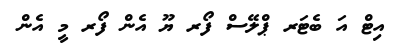
އިޓް އަ ބެޓަރ ޕްލޭސް ފޯރ ޔޫ އެން ފޯރ މީ އެން